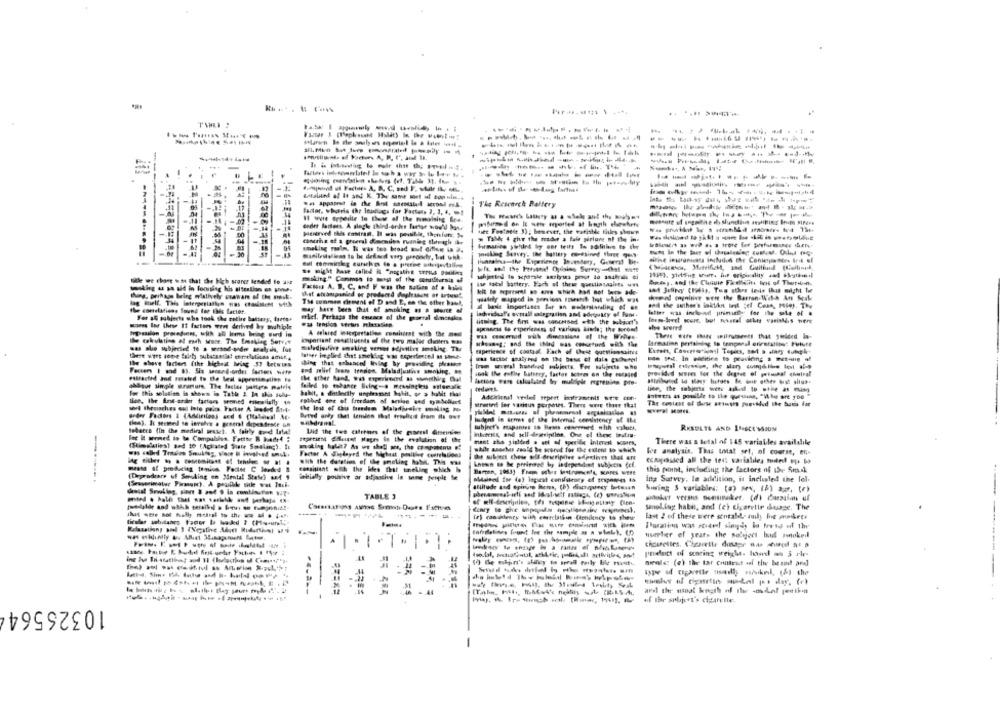
------------
-----------
-------
The Research Battery
factor, . huris the loudags for Partens 3, 3, 4, !
deder farters. A single thind-onder lector woo'd bane
pienirved this dostran. It was possible, thonfure 5.
jet Footnele 3); however, the variable titles shown
cancha of a graeral dimemins ruming theagh the
Talkhe 4 ghe the reader a fale girlune of the in-
smoking malm. I was tes broad sut Giftene in a.
pulling Survey', the battery caresinnd the ques
ful tommileg eurechgs do a preene askerjevtaling
Wla, sod the Persone! Opdains Surecyaschat site
Sulle we chose w.so that the Hch scorer tended to use
making." Conmas Io worst of the schuttersis of
Fais A. B. C. and F was the satin .f . h.
7M conran chement of D and E, so the other bank,
may have been that of smoking . . . .
and the author's inktint int ;el Cess, min). Thy
Se cottelations found for this facter.
ladyidual's overall salegration and adequacy of Fame.
laterr was incloud primathe for the sale of .
Fer al subjects who took the entire battery, fartos
mich. Perhaps the emacs of the yeartal doncsgks.
dishlag. The first was concerned .ich the subject',
scones lor these It factors weot derived ky mwhiple
was tension vertus niesstirn.
spaans le experiences of various kinds; the torond
ahse werrd
A enlared interpretation comiurt with the me
important constituents of the two maler choler ...
taperiesce of contual. Each of theet queninosaint
Ister implied that sseklag was topertence! af sine-
use that, In siditien to pravileng . met-ure of
Ibe above facters (the liches bring 57 betwins
ding that prisacel Inlag by providing pleaseot
and mlief frame tension. Maladjustis smoking. ..
book the entire battery, factor Iotres on the nospied
provided sures for the degree of pimbal chairal
eracted and matated to De led appresimplien Fo
failed to tabance Iling-a messingless store
For this solution is shown in Table 2. In this solu-
babil, a detledily unpleasant hatit, or > habit thal
lien, the Art-ardier factors seemed tobe ially un
Fothot one of freedom of action and symbolurt
Bered orly that tension that frishos from its owe
thea), It seemed to involve . general dependrose of
jader in demes of the Internal cemistency of the
tobacco (In the medical peutel. A fairly eund lata!
Lid the two cafehuns of the piaerel Gremien
tubjret's mapantes to Hems ceneresed with values,
RESULTS AND INSCESSION
lac it wormed in the Compubilen. Fatttr & hade4 :
Micheits, and sell-driesintine, One of these toutma-
(Simulaties) sod 10 [Agitated Share Sosling). It
ment aha sigleed a set of specific Interest somes,
There was a total of 145 variables available
hoe analysis. Thas titat set, of course, en-
as subject these will druripetee adjectives that ant
ecampeaided all the ted varialiles huiled up, bo
ing sicher to . concomitant of temke of a .
With the duration of the smoking MM. THE was
Anton so he preiemne by independinet subjectis fef.
this point, including the factors of the Smask
-----.
(Degradrare of Smoking en Mental Stateh &M $
obtained for (a) lepicat consistency of responses 46
ina Survey, In addition, it inclusled the lol-
atiltude and opinie Moms, (8) dunquecy botsun
boring S variables: (a) sev, (6) a. (r)
TABLE 3
smoker versus somsinker. (di danzaian uf
Sanol.log hatit, aex! (ch cigarette duage. The
Ir) canidenty with correlathin (leniency to shese
Fast 2 ed these were sentabd- nuly Ioe madres
Hurter of years the solgjert bad Fonokedd
-
product of scoring weigl. lund an & rle-
. .
--
aral the usual keith of the odol posti-
10326564